Vaccination in Bombay 1856-1862 - 1856-1862
Year: 1856
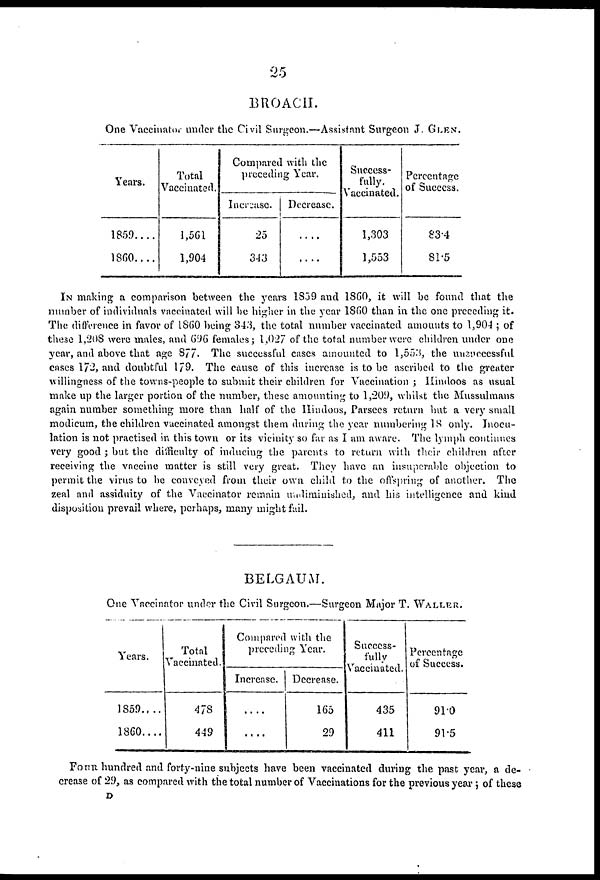
25
BROACH.
One Vaccinator under the Civil Surgeon.—Assistant Surgeon J. GLEN.
Years.
1859....
1860....
Total
Vaccinated.
1,561
1,904
Compared with the
preceding Year.
Increase.
25
343
Decrease.
....
....
Success-
fully.
Vaccinated.
1,303
1,553
Percentage
of Success.
83.4
81.5
IN making a comparison between the years 1859 and 1860, it will be found that the
number of individuals vaccinated will be higher in the year 1860 than in the one preceding it.
The difference in favor of 1860 being 343, the total number vaccinated amounts to 1,904 ; of
these 1,208 were males, and 696 females; 1,027 of the total number were children under one
year, and above that age 877. The successful cases amounted to 1,553, the unsuccessful
cases 172, and doubtful 179. The cause of this increase is to be ascribed to the greater
willingness of the towns-people to submit their children for Vaccination ; Hindoos as usual
make up the larger portion of the number, these amounting to 1,209, whilst the Mussulmans
again number something more than half of the Hindoos, Parsees return but a very small
modicum, the children vaccinated amongst them during the year numbering 18 only. Inocu-
lation is not practised in this town or its vicinity so far as I am aware. The lymph continues
very good ; but the difficulty of inducing the parents to return with their children after
receiving the vaccine matter is still very great. They have an insuperable objection to
permit the virus to be conveyed from their own child to the offspring of another. The
zeal and assiduity of the Vaccinator remain undiminished, and his intelligence and kind
disposition prevail where, perhaps, many might fail.
BELGAUM.
One Vaccinator under the Civil Surgeon.—Surgeon Major T. WALLER.
Years.
1859....
1860....
Total
Vaccinated.
478
449
Compared with the
preceding Year.
Increase.
....
....
Decrease.
165
29
Success-
fully
Vaccinated.
435
411
Percentage
of Success.
91.0
91.5
FOUR hundred and forty-nine subjects have been vaccinated during the past year, a de-
crease of 29, as compared with the total number of Vaccinations for the previous year ; of these
D